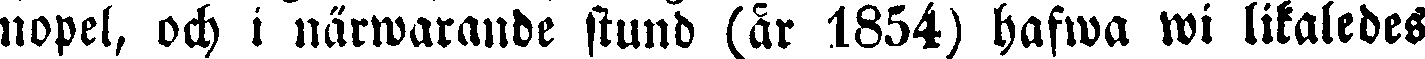
nopel, och i närwarande stund (är 1854) hafwa wi likaledes